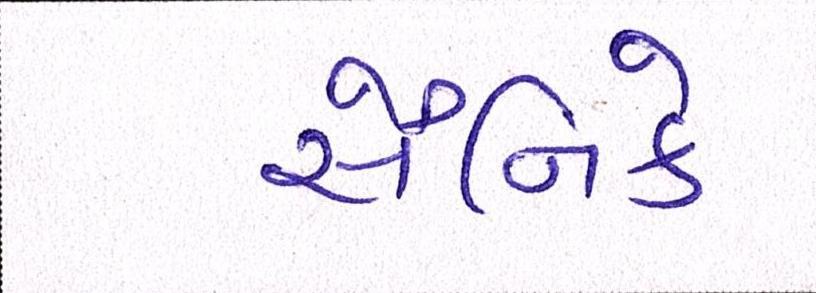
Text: સૈનિકે